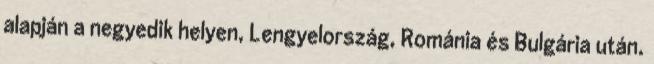
alapján a negyedik helyen, Lengyelország, Románia és Bulgária után.